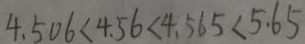
4 . 5 0 6 < 4 . 5 6 < 4 . 5 6 5 < 5 . 6 5